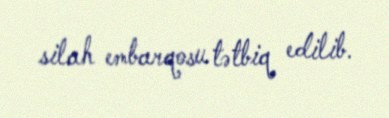
silah embarqosu tətbiq edilib.